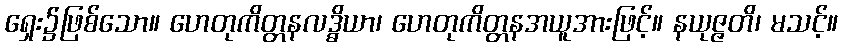
ရှေး၌ဖြစ်သော။ ဟေတုကိတ္တနလဒ္ဓိယာ၊ ဟေတုကိတ္တနအယူအားဖြင့်။ နယုဇ္ဇတိ၊ မသင့်။